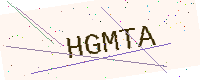
Text: HGMTA